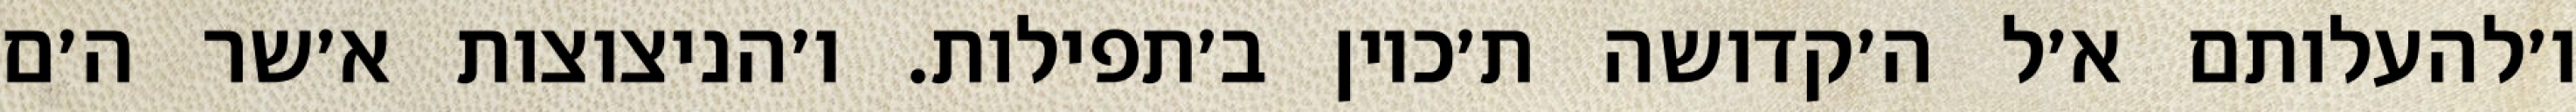
ו׳להעלותם א׳ל ה׳קדושה ת׳כוין ב׳תפילות. ו׳הניצוצות א׳שר ה׳ם